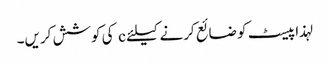
لہذا پیسٹ کو ضائع کرنے کیلئے c کی کوشش کریں۔